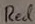
Text: Red